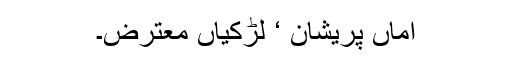
اماں پریشان ‘ لڑکیاں معترض۔